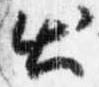
出